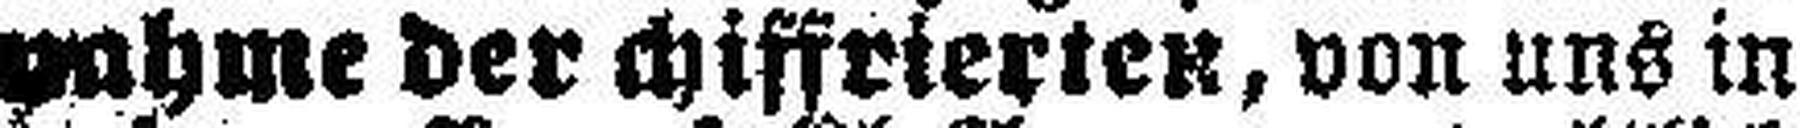
nahme der chiffrierten, von uns in